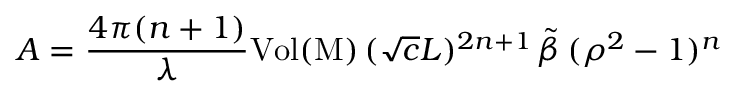
A = \frac { 4 \pi ( n + 1 ) } { \lambda } \mathrm { V o l ( M ) } \, ( \sqrt { c } L ) ^ { 2 n + 1 } \, \tilde { \beta } \, ( \rho ^ { 2 } - 1 ) ^ { n }